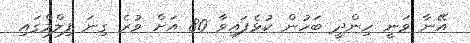
އޭނާ ވަނީ ހިންދީ ބަހުން ކުޅެފައިވާ 80 އަށް ވުރެ ގިނަ ފިލްމްގައި